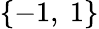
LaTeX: \{ -1,\ 1\}